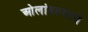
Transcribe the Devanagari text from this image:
ओलांडल्याचे